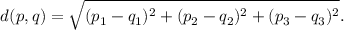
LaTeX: d ( p , q ) = { \sqrt { ( p _ { 1 } - q _ { 1 } ) ^ { 2 } + ( p _ { 2 } - q _ { 2 } ) ^ { 2 } + ( p _ { 3 } - q _ { 3 } ) ^ { 2 } } } .